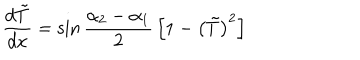
{ \frac { d \tilde { T } } { d x } } = \sin { \frac { \alpha _ { 2 } - \alpha _ { 1 } } { 2 } } \left[ 1 - \left( \tilde { T } \right) ^ { 2 } \right]